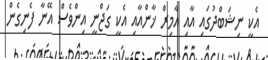
އެކީ ނިޝަބްދުގައި އާއި އާމިރް ޚާންއާއި އެކީ ގަޖްނީ އިންވެސް އޭނާ ފެނިގެން